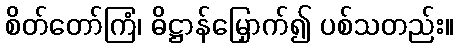
စိတ်တော်ကြံ၊ ဓိဋ္ဌာန်မြှောက်၍ ပစ်သတည်း။